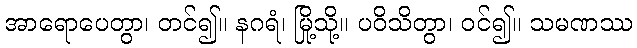
အာရောပေတွာ၊ တင်၍။ နဂရံ၊ မြို့သို့။ ပဝိသိတွာ၊ ဝင်၍။ သမဏဿ